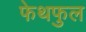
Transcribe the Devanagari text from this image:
फेथफुल